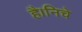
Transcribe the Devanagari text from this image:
है।निचे